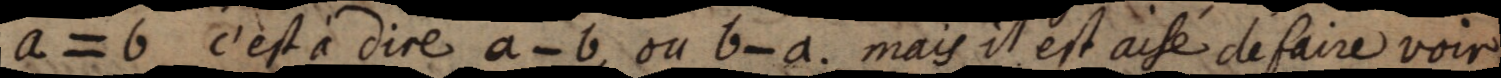
a = b c’est à dire a - b, ou b - a. mais il est aisé de faire voir